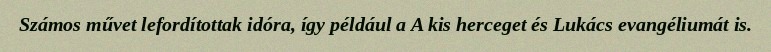
Számos művet lefordítottak idóra, így például a A kis herceget és Lukács evangéliumát is.